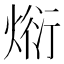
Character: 𭵗